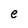
Character: e